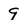
Character: 9